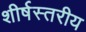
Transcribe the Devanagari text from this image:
शीर्षस्तरीय